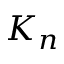
K _ { n }